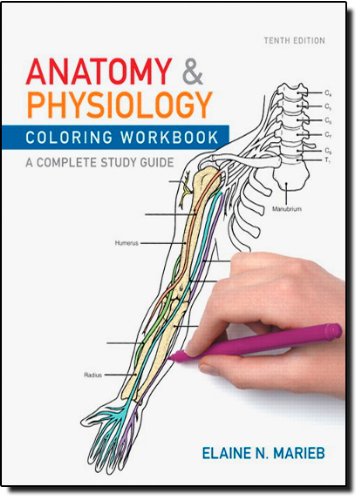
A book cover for Anatomy and Physiology Coloring Workbook: A Complete Study Guide; Elaine N. Marieb; Science & Math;